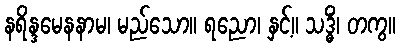
နရိန္ဒမေနနာမ၊ မည်သော။ ရညော၊ နှင့်။ သဒ္ဓိံ၊ တကွ။